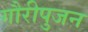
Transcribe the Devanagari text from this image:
गौरीपुजन